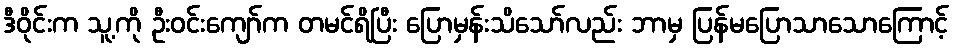
ဒီဝိုင်းက သူ့ကို ဦးဝင်းကျော်က တမင်ရိပြီး ပြောမှန်းသိသော်လည်း ဘာမှ ပြန်မပြောသာသောကြောင့်